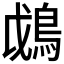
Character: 𩿰